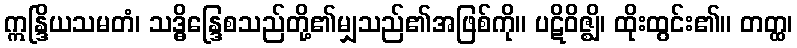
ဣန္ဒြိယသမတံ၊ သဒ္ဓိန္ဒြေစသည်တို့၏မျှသည်၏အဖြစ်ကို။ ပဋိဝိဇ္ဈိ၊ ထိုးထွင်း၏။ တတ္ထ၊